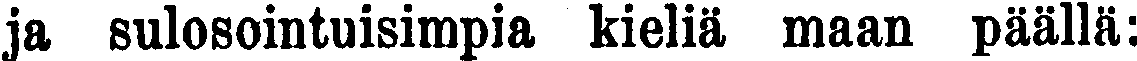
ja sulosointuisimpia kieliä maan päällä: